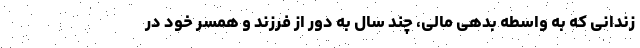
زندانی که به واسطه بدهی مالی، چند سال به دور از فرزند و همسر خود در